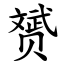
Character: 赟